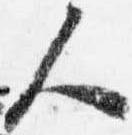
人